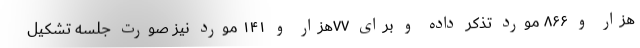
هزار و ۸۶۶ مورد تذکر داده و برای ۷۷هزار و ۱۴۱ مورد نیز صورت جلسه تشکیل